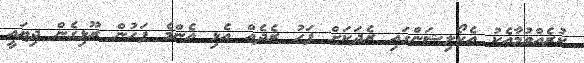
ކުރެއްވުމާއެކު އެކޯލިޝަންގައި ރެދަކަށް ފަހު ރެދެއް އެޅި އެންމެ ފަހުން ރޫޅިގެން ދިޔައީ